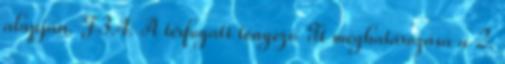
alapján. F3.4. A térfogati tényezõ Tt meghatározása a 2.